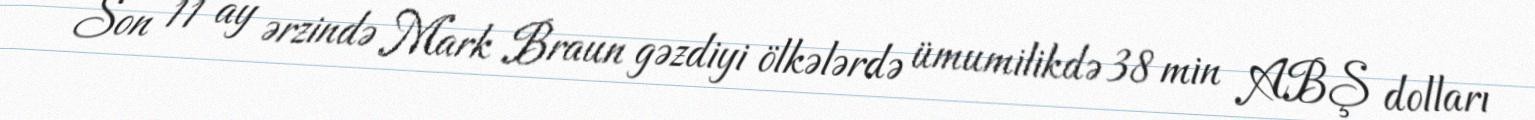
Son 11 ay ərzində Mark Braun gəzdiyi ölkələrdə ümumilikdə 38 min ABŞ dolları